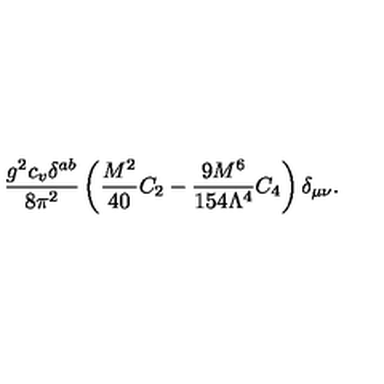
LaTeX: \frac { g ^ { 2 } c _ { v } \delta ^ { a b } } { 8 \pi ^ { 2 } } \left( \frac { M ^ { 2 } } { 4 0 } C _ { 2 } - \frac { 9 M ^ { 6 } } { 1 5 4 \Lambda ^ { 4 } } C _ { 4 } \right) \delta _ { \mu \nu } .